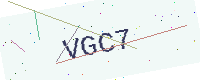
Text: VGC7